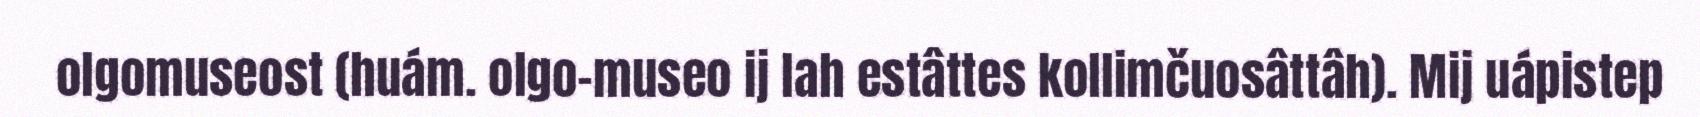
olgomuseost (huám. olgo-museo ij lah estâttes kollimčuosâttâh). Mij uápistep